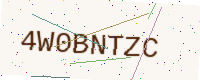
Text: 4W0BNTZC